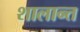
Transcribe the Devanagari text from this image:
शालान्‍त